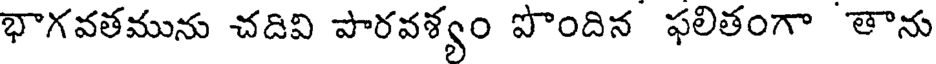
భాగవతమును చదివి పారవశ్యం పొందిన ఫలితంగా తాను